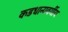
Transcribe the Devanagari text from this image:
कडधान्यवर्गीय